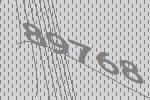
89768